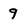
Character: 9